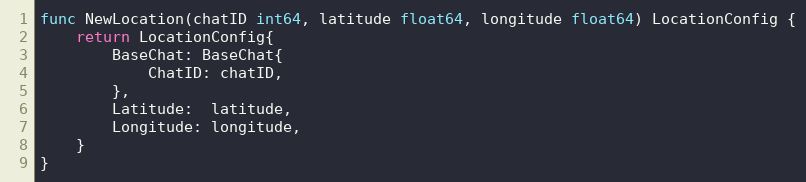
Language: Go
func NewLocation(chatID int64, latitude float64, longitude float64) LocationConfig {
	return LocationConfig{
		BaseChat: BaseChat{
			ChatID: chatID,
		},
		Latitude:  latitude,
		Longitude: longitude,
	}
}